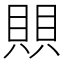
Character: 賏